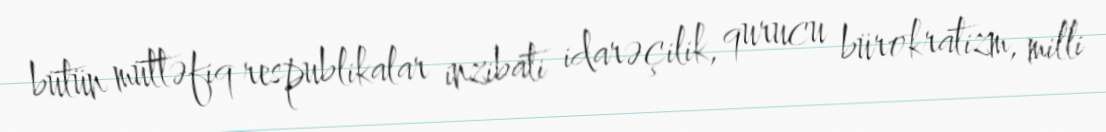
bütün müttəfiq respublikalar inzibati idarəçilik, qurucu bürokratizm, milli